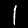
Digit: 1